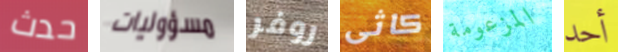
حدث مسؤوليات روفر كاثى المزعومة أحد